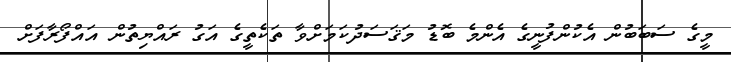
މީގެ ސަބަބުން އެކުންފުނީގެ އެންމެ ބޮޑު މަޤަސަދުކަމަށްވާ ތަކެތީގެ އަގު ރައްޔިތުން އައްފޯރާފަށް